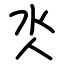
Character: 氼